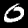
Label: 0